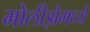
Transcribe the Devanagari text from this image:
मोलीझेमध्ये